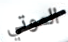
الموتي